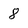
Character: 8